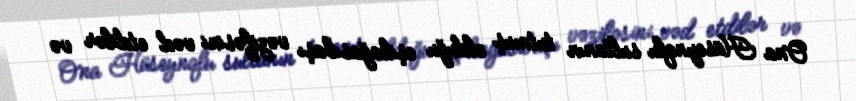
Ona Hüseynqlu sultanın tutmuş olduğu eşikağasıbaşı vəzifəsini vəd etdilər və